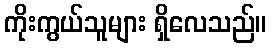
ကိုးကွယ်သူများ ရှိလေသည်။